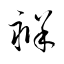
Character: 褓